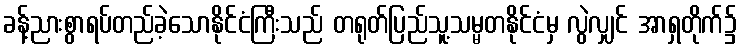
ခန့်ညားစွာရပ်တည်ခဲ့သောနိုင်ငံကြီးသည် တရုတ်ပြည်သူ့သမ္မတနိုင်ငံမှ လွဲလျှင် အာရှတိုက်၌